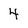
Character: 4